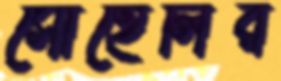
সোহেলির